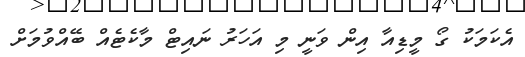
އެކަމަކު ގޯ މީޑިއާ އިން ވަނީ މި އަހަރު ނައިޓް މާކެޓެއް ބޭއްވުމަށް